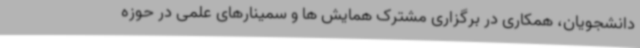
دانشجویان، همکاری در برگزاری مشترک همایش ها و سمینارهای علمی در حوزه